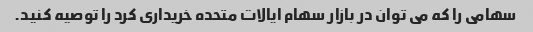
سهامی را که می توان در بازار سهام ایالات متحده خریداری کرد را توصیه کنید.